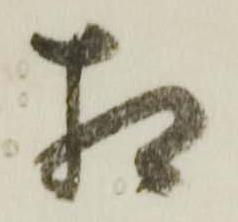
相